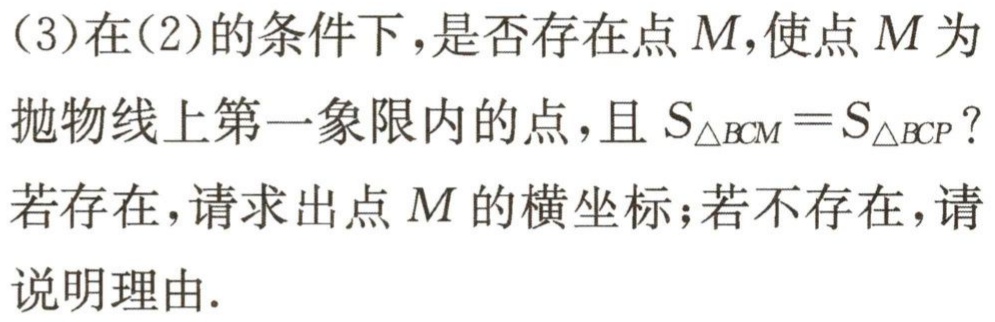
(3)在(2)的条件下，是否存在点\(M\)，使点\(M\)为抛物线上第一象限内的点，且\(S_{\triangle BCM}=S_{\triangle BCP}\)？若存在，请求出点\(M\)的横坐标；若不存在，请说明理由.